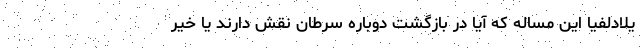
یلادلفیا این مساله که آیا در بازگشت دوباره سرطان نقش دارند یا خیر